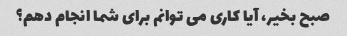
صبح بخیر، آیا کاری می توانم برای شما انجام دهم؟